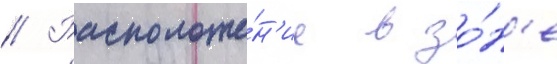
// Расположе́н'ие в зо́н'е